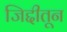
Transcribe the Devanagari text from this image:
जिद्दीतून